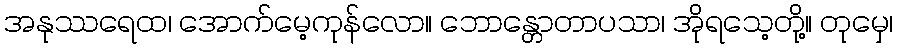
အနုဿရေထ၊ အောက်မေ့ကုန်လော။ ဘောန္တောတာပသာ၊ အိုရသေ့တို့။ တုမှေ၊